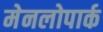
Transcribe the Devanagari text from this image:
मेनलोपार्क